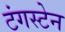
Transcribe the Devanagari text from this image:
टंगस्टेन